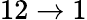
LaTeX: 12\to 1